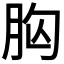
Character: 𮌍